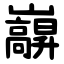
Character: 巐